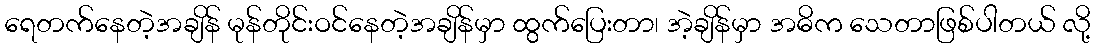
ရေတက်နေတဲ့အချိန် မုန်တိုင်းဝင်နေတဲ့အချိန်မှာ ထွက်ပြေးတာ၊ အဲ့ချိန်မှာ အဓိက သေတာဖြစ်ပါတယ် လို့